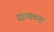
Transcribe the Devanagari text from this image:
उद्वभावना